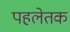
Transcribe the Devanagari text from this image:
पहलेतक